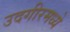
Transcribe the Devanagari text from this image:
उदगीरमध्ये